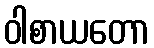
ဝါစာယတော